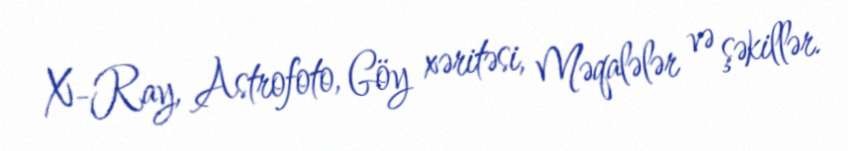
X-Ray, Astrofoto, Göy xəritəsi, Məqalələr və şəkillər.